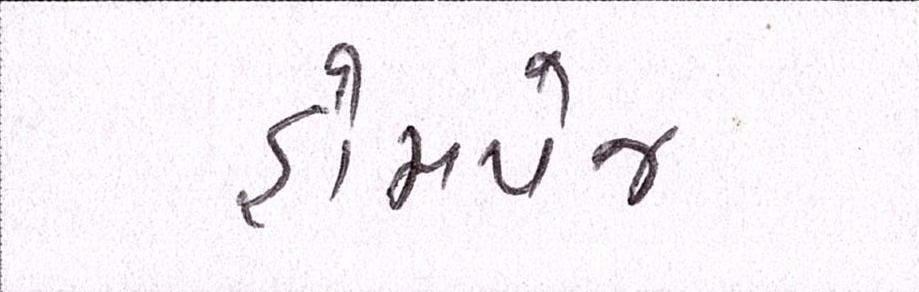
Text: હોમપેજ